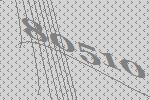
80510